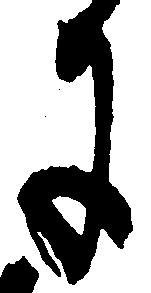
に